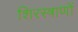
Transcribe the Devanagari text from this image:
शिरस्त्राणों